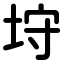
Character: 垨